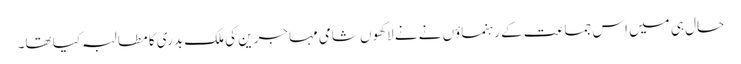
حال ہی میں اس جماعت کے رہنماؤں نے نے لاکھوں شامی مہاجرین کی ملک بدری کا مطالبہ کیا تھا۔